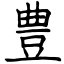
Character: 豊